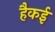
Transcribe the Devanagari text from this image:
हैकई